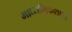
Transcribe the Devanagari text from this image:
माध्यमिकशाळा